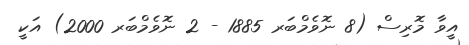
އީވާ މޮރިސް (8 ނޮވެމްބަރ 1885 - 2 ނޮވެމްބަރ 2000) އަކީ